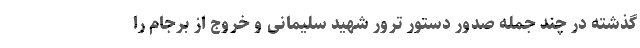
گذشته در چند جمله صدور دستور ترور شهید سلیمانی و خروج از برجام را